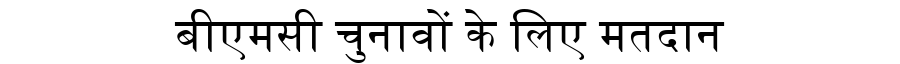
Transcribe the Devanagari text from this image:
बीएमसी चुनावों के लिए मतदान